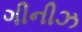
ગીનીઝ